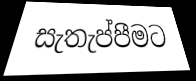
සැතැප්පීමට